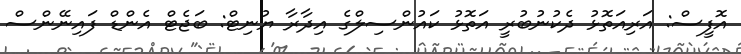
އޮފީސް: އަރިއަތޮޅު ދެކުނުބުރީ އަތޮޅު ކައުންސިލްގެ އިދާރާ ޔުނިޓް: ބަޖެޓް އެންޑް ފައިނޭންސް